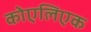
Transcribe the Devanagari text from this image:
कोएलिएक